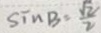
\sin B = \frac { \sqrt { 2 } } { 2 }